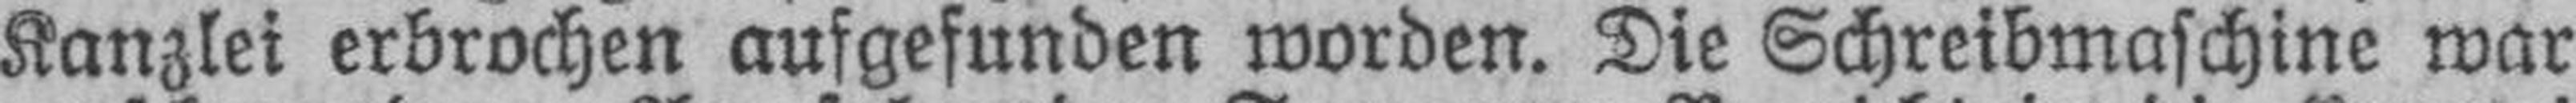
Kanzlei erbrochen aufgefunden worden. Die Schreibmaschine war